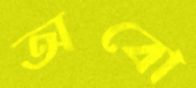
অবো